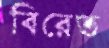
বিরেত